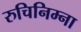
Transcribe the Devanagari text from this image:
रुचिनिम्ना